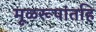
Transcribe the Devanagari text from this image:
मूळरूपांतहि